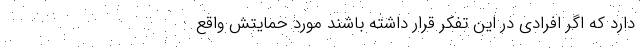
دارد که اگر افرادی در این تفکر قرار داشته باشند مورد حمایتش واقع